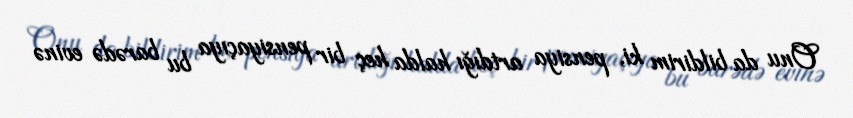
Onu da bildirim ki, pensiya artdığı halda heç bir pensiyaçıya bu barədə evinə